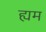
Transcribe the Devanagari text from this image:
ह्यम